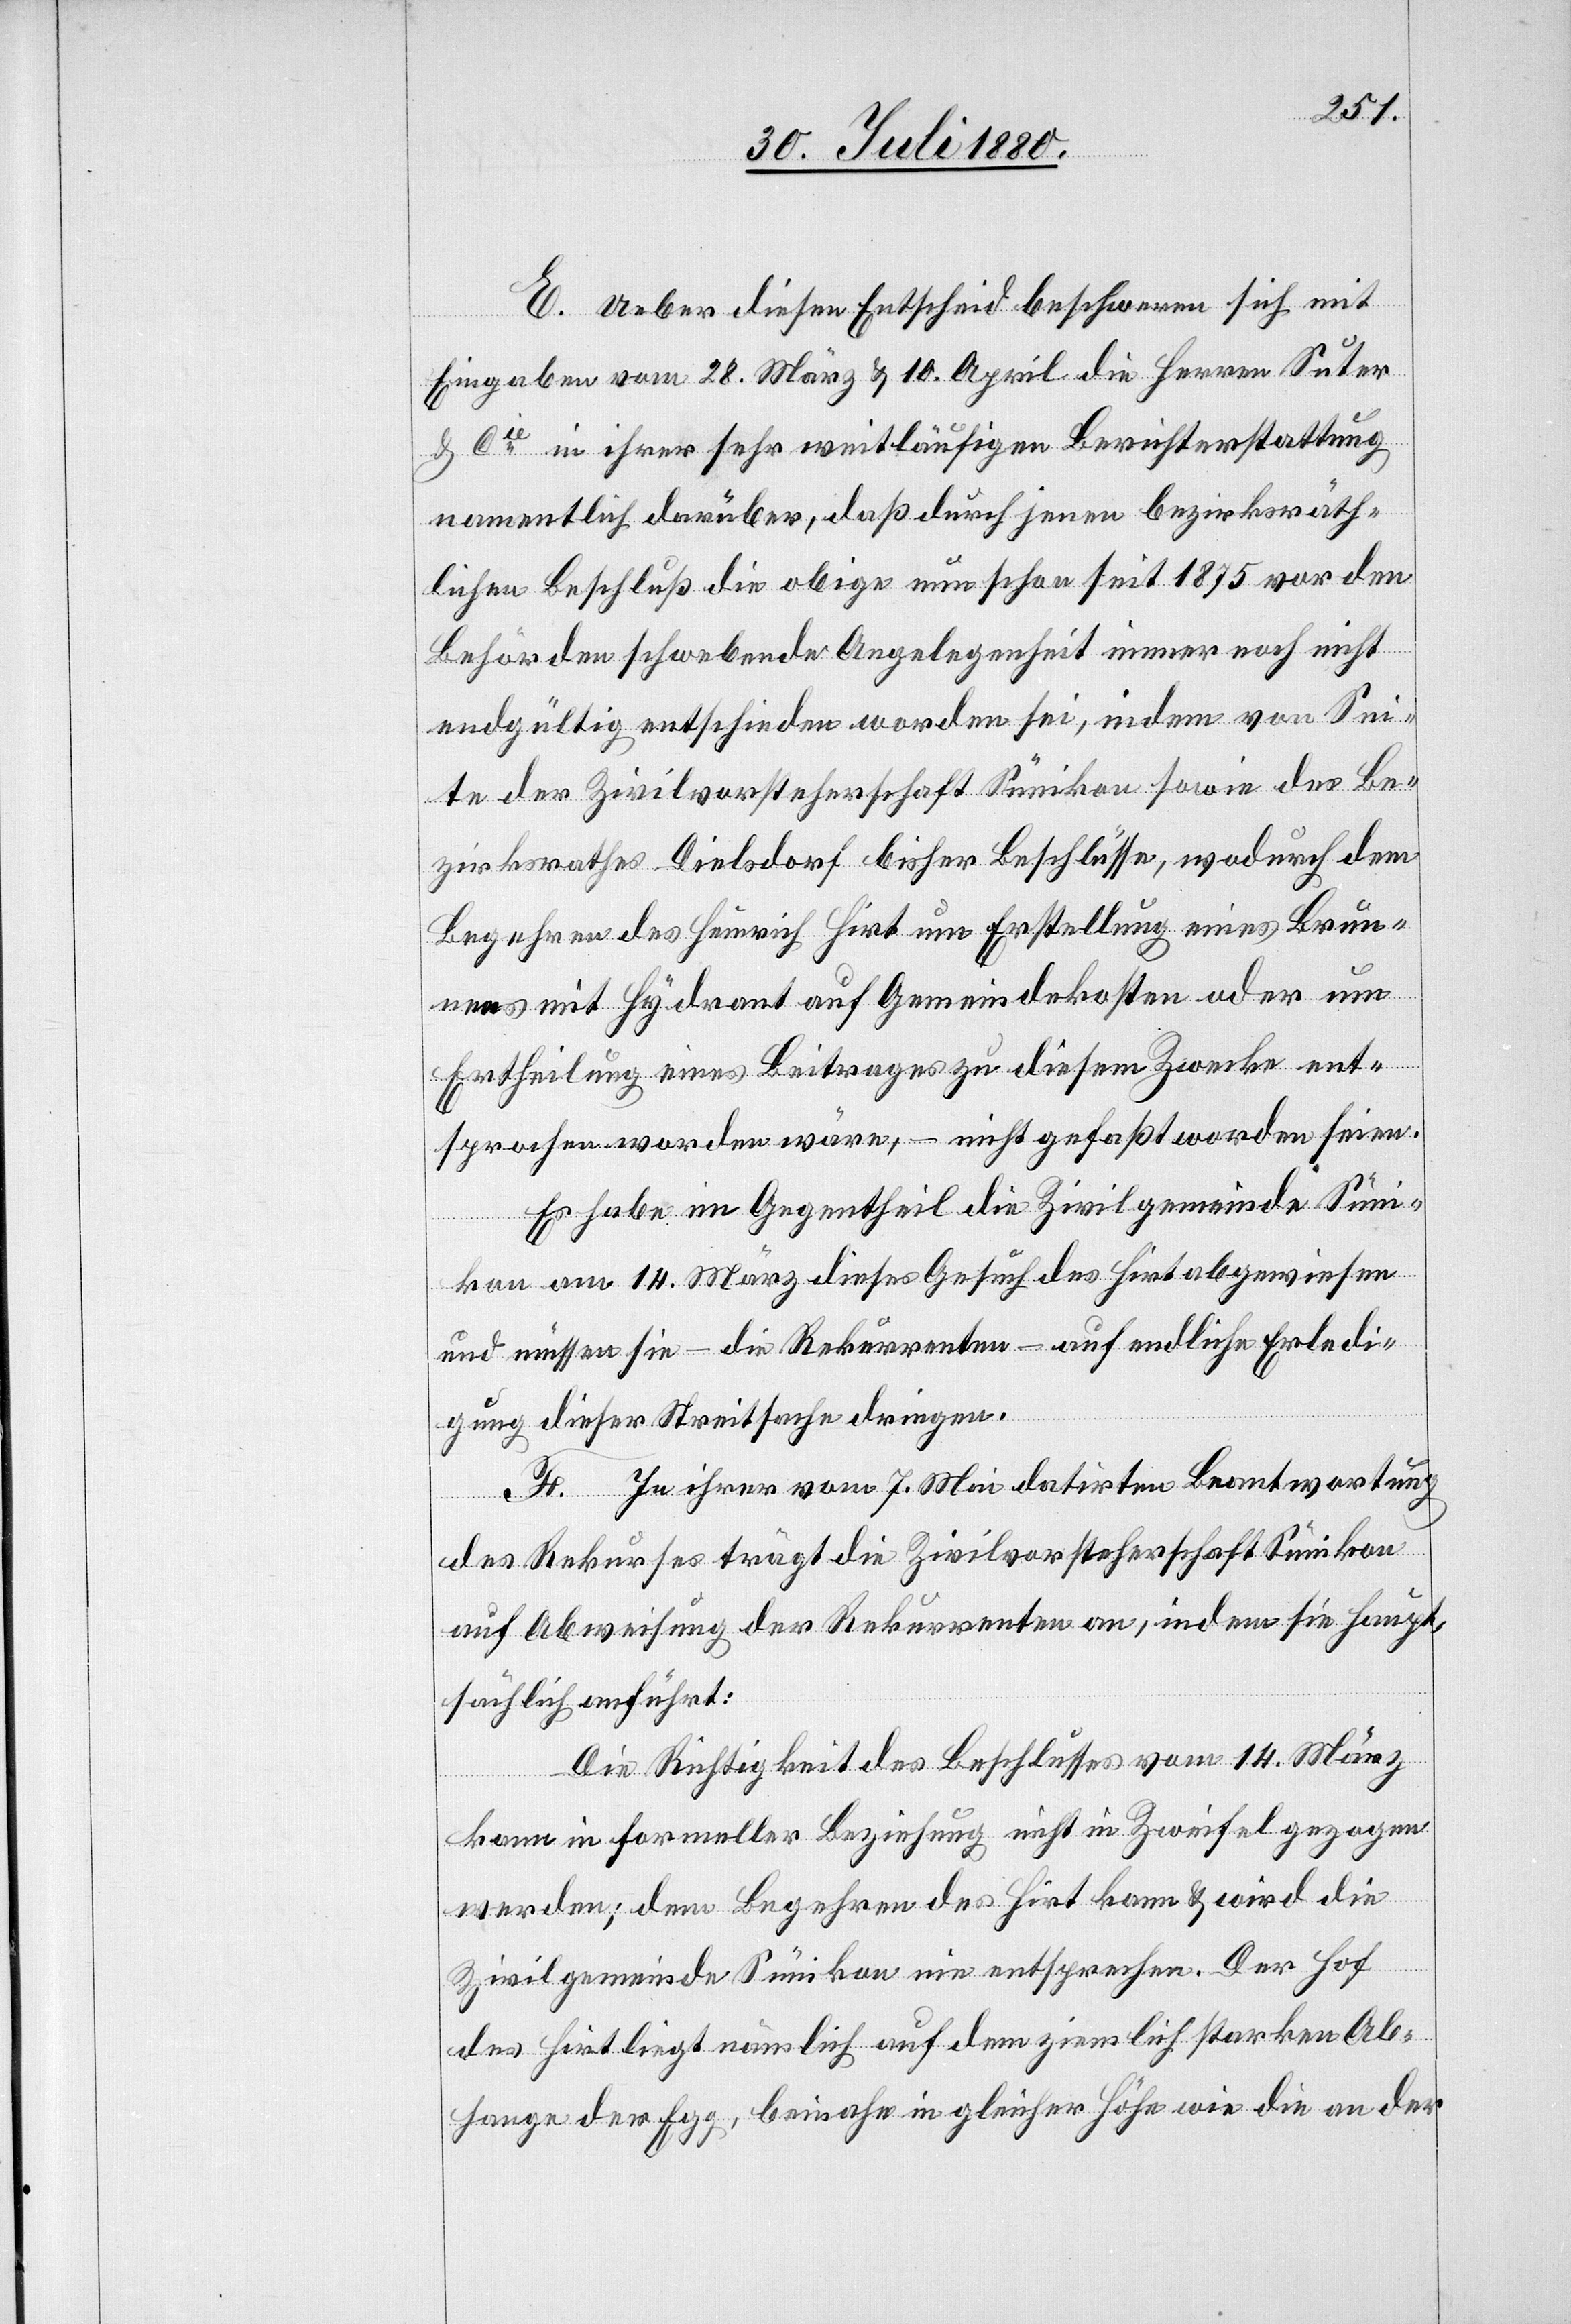
E. Ueber diesen Entscheid beschweren sich mit
Eingaben vom 28. März & 10. April die Herren Suter
& Cie in ihrer sehr weitläufigen Berichterstattung
namentlich darüber, daß durch jenen bezirksräth¬
lichen Beschluß die obige nun schon seit 1875 vor den
Behörden schwebende Angelegenheit immer noch nicht
endgültig entschieden worden sei, indem von Sei¬
te der Zivilvorsteherschaft Sünikon sowie des Be¬
zirksrathes Dielsdorf bisher Beschlüsse, wodurch dem
Begehren des Heinrich Hirt um Erstellung eines Brun¬
nens mit Hydrant auf Gemeindekosten oder um
Ertheilung eines Beitrages zu diesem Zwecke ent¬
sprochen worden wäre, – nicht gefaßt worden seien.
Es habe im Gegentheil die Zivilgemeinde Süni¬
kon am 14. März dieses Gesuch des Hirt abgewiesen
und müssen sie – die Rekurrenten – auf endliche Erledi¬
gung dieser Streitsache dringen.
F. In ihrer vom 7. Mai datirten Beantwortung
des Rekurses trägt die Zivilvorsteherschaft Sünikon
auf Abweisung der Rekurrenten an, indem sie haupt¬
sächlich anführt:
Die Richtigkeit des Beschlusses vom 14. März
kann in formeller Beziehung nicht in Zweifel gezogen
werden; dem Begehren des Hirt kann & wird die
Zivilgemeinde Sünikon nie entsprechen. Der Hof
des Hirt liegt nämlich auf dem ziemlich starken Ab¬
hange der Egg, beinahe in gleicher Höhe wie die an der